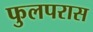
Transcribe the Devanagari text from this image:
फुलपरास